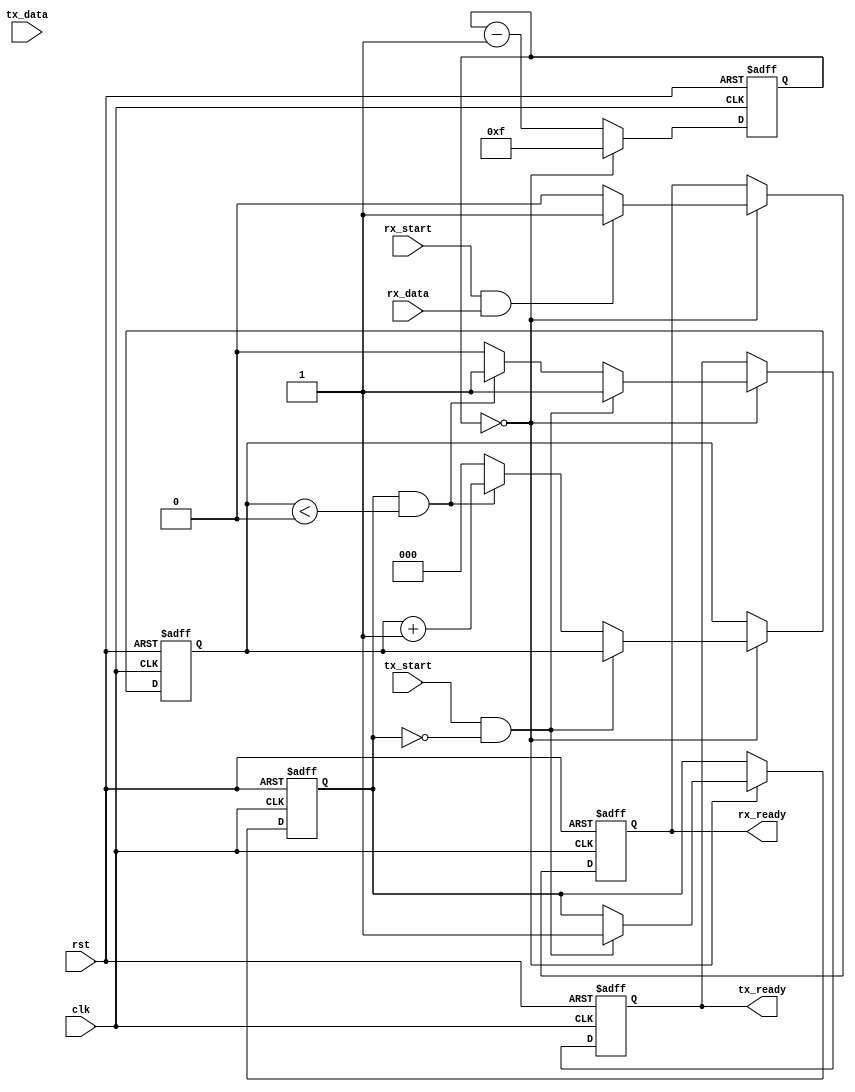
module UART_timing_control_and_sync(
    input wire clk, //Input clock signal
    input wire rst, //Reset signal
    input wire tx_start, //Transmit start signal
    input wire tx_data, //Transmit data signal
    output reg tx_ready, //Transmit ready signal
    input wire rx_start, //Receive start signal
    input wire rx_data, //Receive data signal
    output reg rx_ready //Receive ready signal
);

reg [7:0] baud_rate_counter;
reg [2:0] bit_counter;
reg start_bit_detected;
reg stop_bit_detected;

always @(posedge clk or posedge rst) begin
    if(rst) begin
        baud_rate_counter <= 8'b0;
        bit_counter <= 3'b0;
        start_bit_detected <= 1'b0;
        stop_bit_detected <= 1'b0;
        tx_ready <= 1'b0;
        rx_ready <= 1'b0;
    end else begin
        //Baud rate generation
        if(baud_rate_counter == 8'd0) begin
            baud_rate_counter <= 8'd15; //Assuming baud rate of 9600 (15 clock cycles for 1 bit)
            //Transmit data handling
            if(tx_start && !start_bit_detected) begin
                start_bit_detected <= 1'b1;
                tx_ready <= 1'b1;
            end else if(start_bit_detected && bit_counter < 3'd8) begin
                tx_ready <= 1'b1;
                bit_counter <= bit_counter + 1;
            end else begin
                stop_bit_detected <= 1'b1;
                bit_counter <= 3'd0;
                tx_ready <= 1'b0;
            end
            //Receive data handling
            if(rx_start && rx_data) begin
                rx_ready <= 1'b1;
            end else begin
                rx_ready <= 1'b0;
            end
        end else begin
            baud_rate_counter <= baud_rate_counter - 1;
        end
    end
end

endmodule